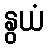
နွယံ